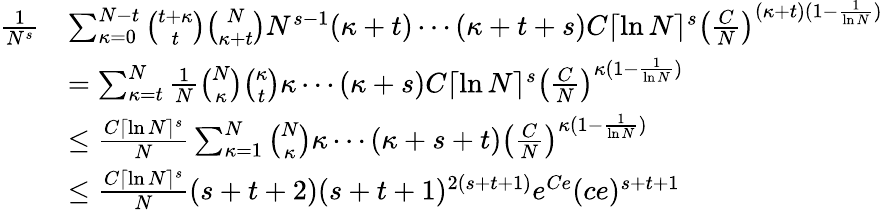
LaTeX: \begin{array}{rl}{\frac{1}{N^{s}}}&{\sum_{\kappa=0}^{N-t}\binom{t+\kappa}{t}\binom{N}{\kappa+t}N^{s-1}(\kappa+t)\cdots(\kappa+t+s)C\lceil\ln N\rceil^{s}\left(\frac{C}{N}\right)^{(\kappa+t)(1-\frac{1}{\ln N})}}\\ &{=\sum_{\kappa=t}^{N}\frac{1}{N}\binom{N}{\kappa}\binom{\kappa}{t}\kappa\cdots(\kappa+s)C\lceil\ln N\rceil^{s}\left(\frac{C}{N}\right)^{\kappa(1-\frac{1}{\ln N})}}\\ &{\leq\frac{C\lceil\ln N\rceil^{s}}{N}\sum_{\kappa=1}^{N}\binom{N}{\kappa}\kappa\cdots(\kappa+s+t)\left(\frac{C}{N}\right)^{\kappa(1-\frac{1}{\ln N})}}\\ &{\leq\frac{C\lceil\ln N\rceil^{s}}{N}(s+t+2)(s+t+1)^{2(s+t+1)}e^{Ce}(ce)^{s+t+1}}\end{array}